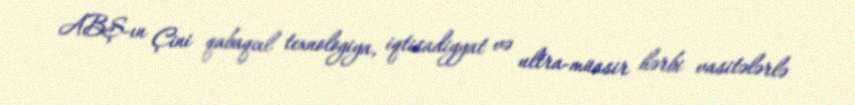
ABŞ-ın Çini qabaqcıl texnologiya, iqtisadiyyat və ultra-müasir hərbi vasitələrlə